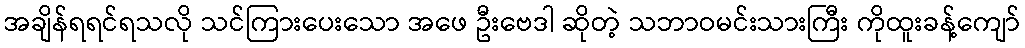
အချိန်ရရင်ရသလို သင်ကြားပေးသော အဖေ ဦးဗေဒါ ဆိုတဲ့ သဘာဝမင်းသားကြီး ကိုထူးခန့်ကျော်